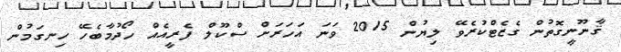
ޤާނޫނީގޮތުން ގެޒެޓްކުރެވޭ ލިޔުން 2015 ވަނަ އަހަރަށް ސްކޫލް ފެރީއެއް ހޯދުމާބެހޭ ހިނގަމުން